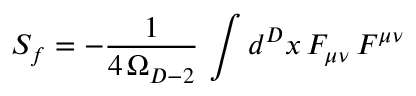
S _ { f } = - { \frac { 1 } { 4 \, \Omega _ { D - 2 } } } \, \int d ^ { D } x \, F _ { \mu \nu } \, F ^ { \mu \nu }